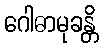
ဂေါဓာမုခန္တိ